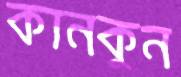
কানকুন